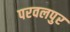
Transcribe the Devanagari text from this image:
परवलपुर